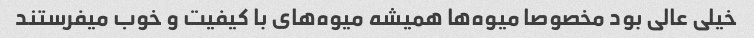
خیلی عالی بود مخصوصا میوه‌ها همیشه میوه‌های با ‌کیفیت و خوب میفرستند